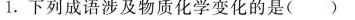
1.下列成语涉及物质化学变化的是( )